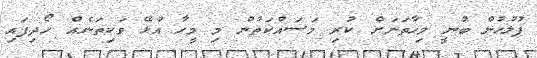
ފުލުހުން ބުނީ މިހާތަނަށް ކުރި މަސައްކަތުން މި މީހާ އުޅޭ ވަކިތަނެއް ހޯދިފައި